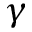
\gamma